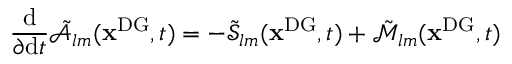
\frac { \mathrm { d } } { \partial \mathrm { d } t } \tilde { \mathcal { A } } _ { l m } ( \mathbf { x } ^ { \mathrm { { D G } } } , t ) = - \tilde { \mathcal { S } } _ { l m } ( \mathbf { x } ^ { \mathrm { { D G } } } , t ) + \tilde { \mathcal { M } } _ { l m } ( \mathbf { x } ^ { \mathrm { { D G } } } , t )